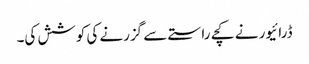
ڈرائیور نے کچے راستے سے گزرنے کی کوشش کی۔